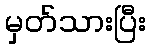
မှတ်သားပြီး